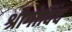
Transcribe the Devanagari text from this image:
श्रीगोविंद